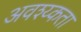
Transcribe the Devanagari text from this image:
अवश्य्कता